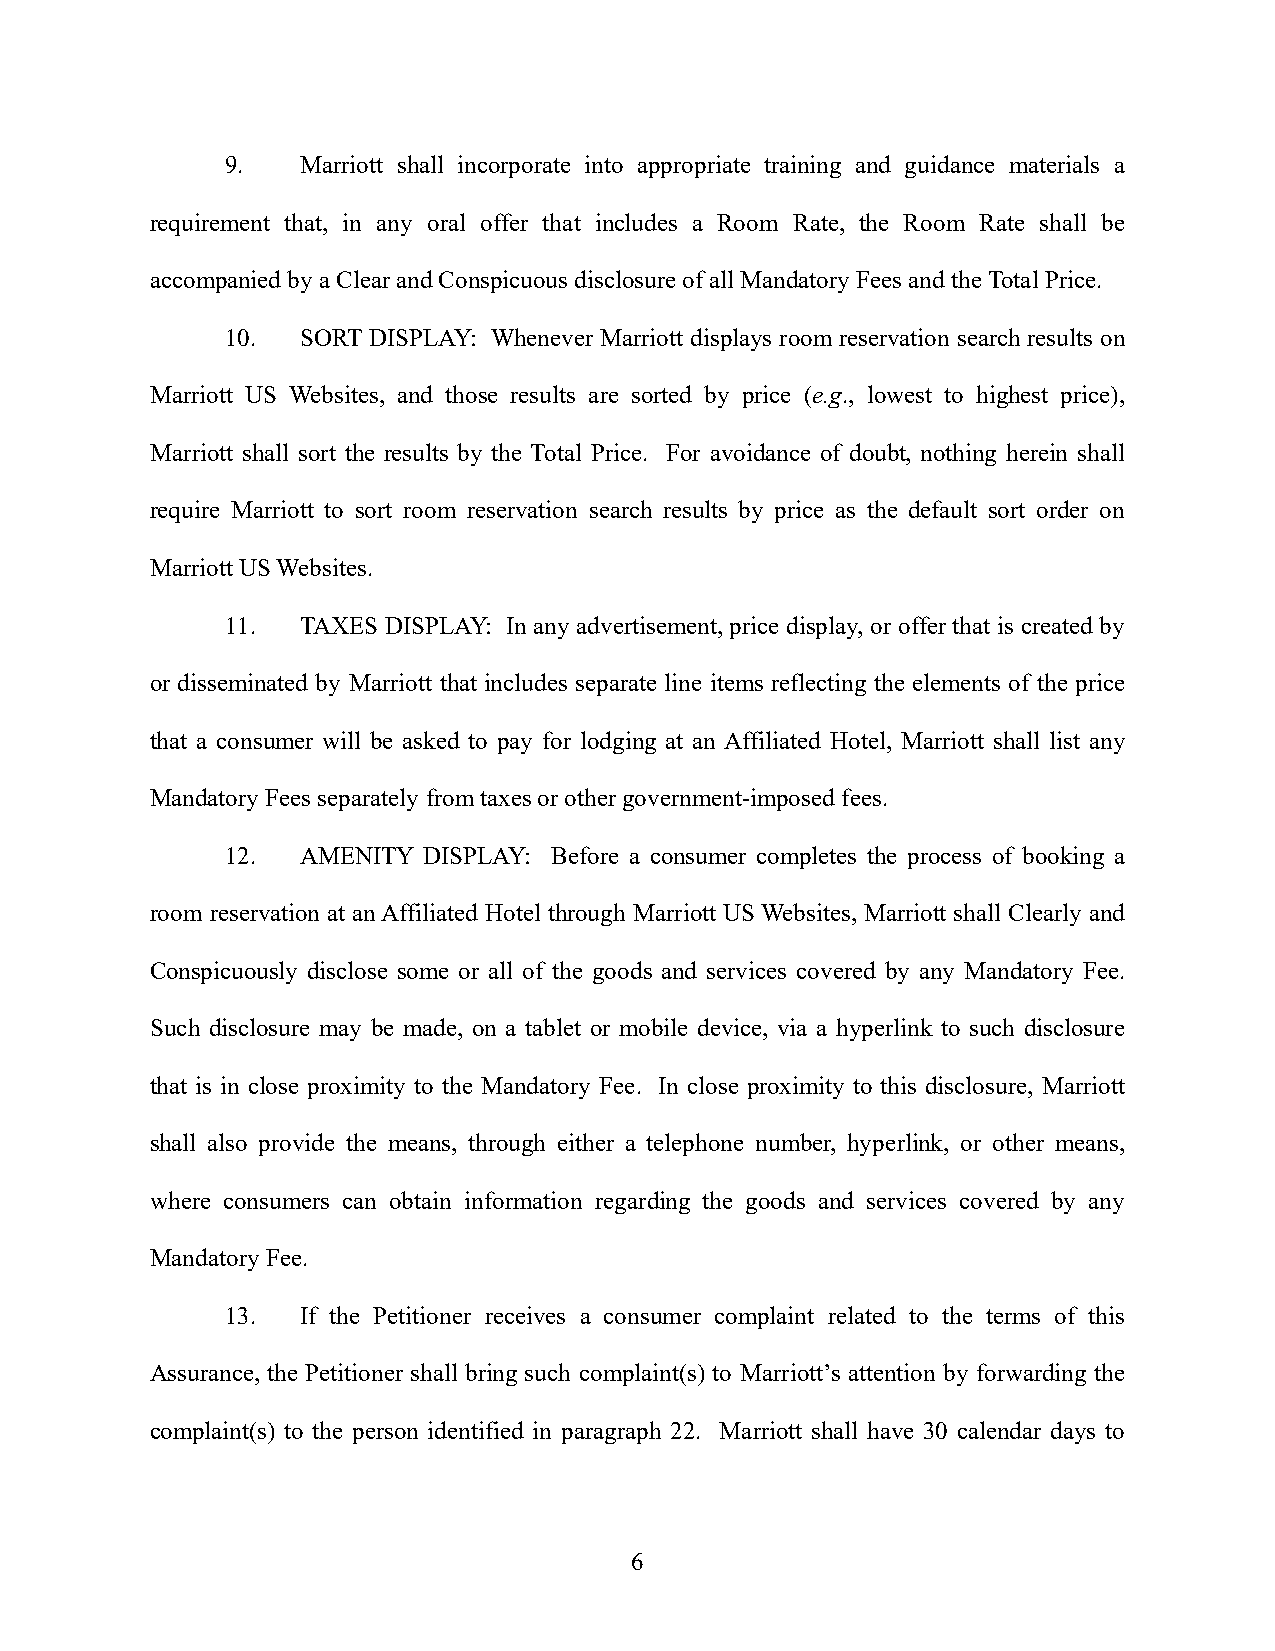
9.   Marriott shall incorporate into appropriate training and guidance materials a
 requirement that, in any oral offer that includes a Room Rate, the Room Rate shall be
 accompanied by a Clear and Conspicuous disclosure of all Mandatory Fees and the Total Price.
 10.  SORT DISPLAY: Whenever Marriott displays room reservation search results on
 Marriott US Websites, and those results are sorted by price (e.g., lowest to highest price),
 Marriott shall sort the results by the Total Price. For avoidance of doubt, nothing herein shall
 require Marriott to sort room reservation search results by price as the default sort order on
 Marriott US Websites.
 11.  TAXES DISPLAY: In any advertisement, price display, or offer that is created by
 or disseminated by Marriott that includes separate line items reflecting the elements of the price
 that a consumer will be asked to pay for lodging at an Affiliated Hotel, Marriott shall list any
 Mandatory Fees separately from taxes or other government-imposed fees.
 12.  AMENITY DISPLAY: Before a consumer completes the process of booking a
 room reservation at an Affiliated Hotel through Marriott US Websites, Marriott shall Clearly and
 Conspicuously disclose some or all of the goods and services covered by any Mandatory Fee.
 Such disclosure may be made, on a tablet or mobile device, via a hyperlink to such disclosure
 that is in close proximity to the Mandatory Fee. In close proximity to this disclosure, Marriott
 shall also provide the means, through either a telephone number, hyperlink, or other means,
 where consumers can obtain information regarding the goods and services covered by any
 Mandatory Fee.
 13.  If the Petitioner receives a consumer complaint related to the terms of this
 Assurance, the Petitioner shall bring such complaint(s) to Marriott’s attention by forwarding the
 complaint(s) to the person identified in paragraph 22. Marriott shall have 30 calendar days to
 6